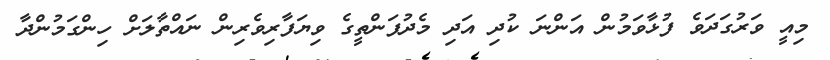
މިއީ ވަރުގަދަވެ ފުޅާވަމުން އަންނަ ކުދި އަދި މެދުފަންތީގެ ވިޔަފާރިވެރިން ނައްތާލަށް ހިންގަމުންދާ